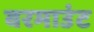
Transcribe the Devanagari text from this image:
वरमाउंट